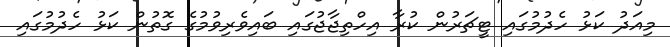
މިއަދު ކަޅު ހެދުމުގައި ޓީޗަރުން ކުރާ އިހްތިޖާޖުގައި ބައިވެރިވުމުގެ ގޮތުން ކަޅު ހެދުމުގައި